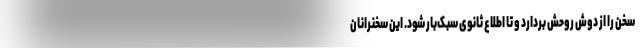
سخن را از دوش روحش بردارد و تا اطلاع ثانوی سبک‌بار شود. این سخنرانان